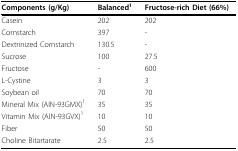
| Components (g/Kg) | Balanced1 | Fructose-rich Diet (66%) |
 | --- | --- | --- |
 | Casein | 202 | 202 |
 | Cornstarch | 397 | - |
 | Dextrinized Cornstarch | 130.5 | - |
 | Sucrose | 100 | 27.5 |
 | Fructose | - | 600 |
 | L-Cystine | 3 | 3 |
 | Soybean oil | 70 | 70 |
 | Mineral Mix (AIN-93GMX)1 | 35 | 35 |
 | Vitamin Mix (AIN-93GVX)1 | 10 | 10 |
 | Fiber | 50 | 50 |
 | Choline Bitartarate | 2.5 | 2.5 |